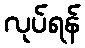
လုပ်ရန်